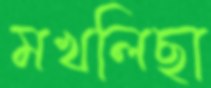
মখলিছা